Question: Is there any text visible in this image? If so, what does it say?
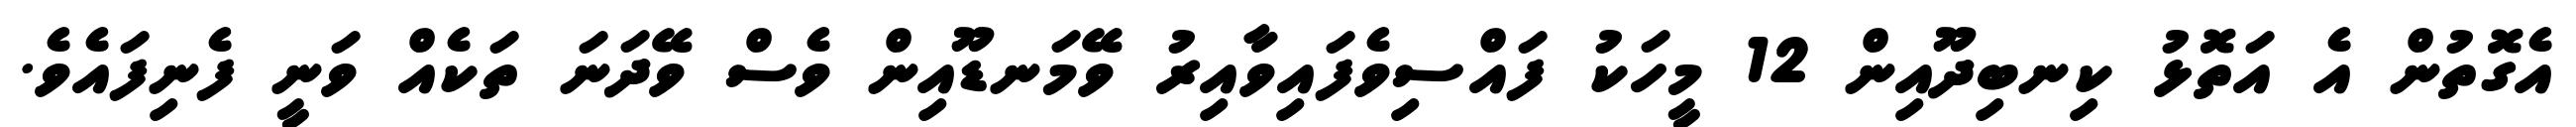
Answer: އެގޮތުން އެ އަތޮޅު ކިނބިދޫއިން 12 މީހަކު ފައްސިވެފައިވާއިރު ވޭމަނޑޫއިން ވެސް ވޭދަނަ ތަކެއް ވަނީ ފެނިފައެވެ.